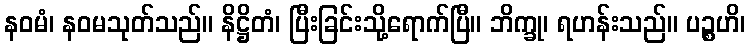
နဝမံ၊ နဝမသုတ်သည်။ နိဋ္ဌိတံ၊ ပြီးခြင်းသို့ရောက်ပြီ။ ဘိက္ခု၊ ရဟန်းသည်။ ပဉ္စဟိ၊